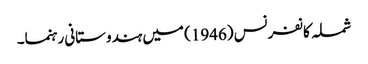
شملہ کانفرنس (1946) میں ہندوستانی رہنما۔